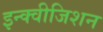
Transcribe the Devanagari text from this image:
इन्क्वीजिशन